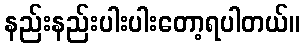
နည်းနည်းပါးပါးတော့ရပါတယ်။